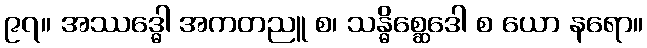
၉၇။ အဿဒ္ဓေါ အကတညူ စ၊ သန္ဓိစ္ဆေဒေါ စ ယော နရော။